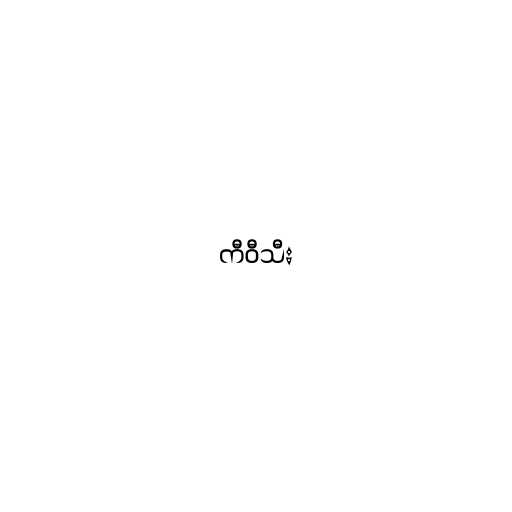
ကီဝီသီး